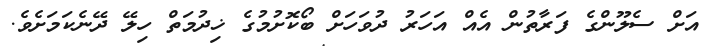
އަށް ސެލޫންގެ ފަރާތުން އެއް އަހަރު ދުވަހަށް ބޯކޮށުމުގެ ޚިދުމަތް ހިލޭ ދޭނެކަމަށެވެ.